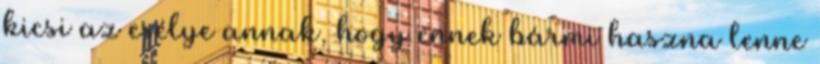
kicsi az esélye annak, hogy ennek bármi haszna lenne